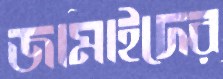
জামাইদের